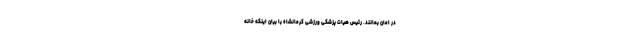
در امان بمانند. رئیس هیات پزشکی ورزشی کرمانشاه با بیان اینکه خانه